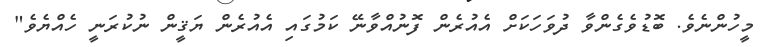
މީހުންނެވެ. ބޮޑުވެގެންވާ ދުވަހަކަށް އެއުރެން ފޮނުއްވާނޭ ކަމުގައި އެއުރެން ޔަޤީން ނުކުރަނީ ހެއްޔެވެ"